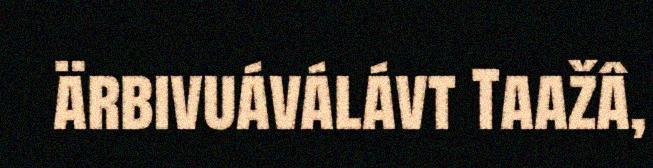
ärbivuáválávt Taažâ,